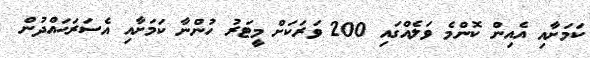
ކަމަށާއި އެއިން ކޮންމެ ވަލެއްގައި 200 ވަރަކަށް މީޓަރު ހުންނާ ކަމަށާއި އެސަރަޙައްދުން